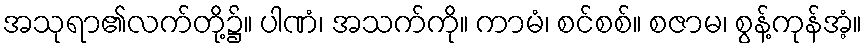
အသုရာ၏လက်တို့၌။ ပါဏံ၊ အသက်ကို။ ကာမံ၊ စင်စစ်။ စဇာမ၊ စွန့်ကုန်အံ့။